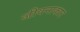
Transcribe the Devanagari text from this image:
जीवनाकार